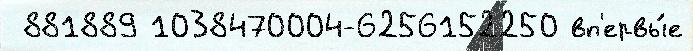
 881889 1038470004-6256152250 вп'ервы́е